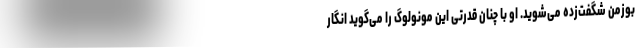
بوزمن شگفت‌زده می‌شوید. او با چنان قدرتی این مونولوگ را می‌گوید انگار